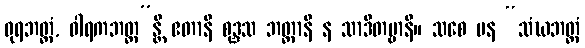
ဓုရဘတ္တံ, ဝါရကဘတ္တ”န္တိ ဧတာနိ စုဒ္ဒသ ဘတ္တာနိ န သာဒိတဗ္ဗာနိ။ သစေ ပန “သံဃဘတ္တံ